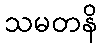
သမတနိ